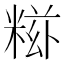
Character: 𥺩